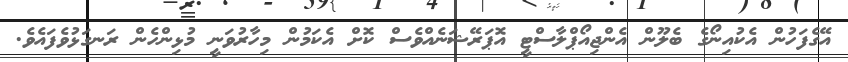
އޭގެފަހުން އެކުއިނޯގެ ބެލޫން އެންޖިއޯޕްލާސްޓީ އޮޕަރޭޝަނެއްވެސް ކޮށް އެކަމުން މިހާރުވަނީ މުޅިންހެން ރަނގަޅުވެފައެވެ.